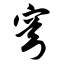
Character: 穹